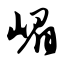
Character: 嵋